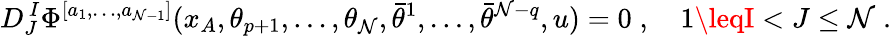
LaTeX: D_{J}^{\, I}\Phi^{[a_{1},\ldots,a_{\mathcal{N}-1}]}(x_{A},\theta_{p+1},\ldots,\theta_{\mathcal{N}},\bar{{\theta}}^{1},\ldots,\bar{{\theta}}^{\mathcal{N}-q},u)=0\; ,\quad1\leqI<J\leq\mathcal{N}\; .